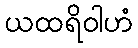
ယထရိဝါဟံ